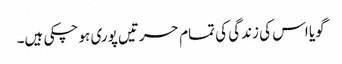
گویا اس کی زندگی کی تمام حسرتیں پوری ہو چکی ہیں۔